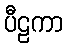
ပီဠကာ